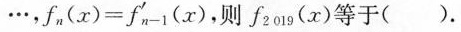
\bullet \bullet \bullet ， $$f _ { n } ( x ) = f _ { n - 1 } ^ { \ p r i m e } ( x ）$$ 则f_{2019}(x)等于( ).